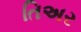
તિઅર